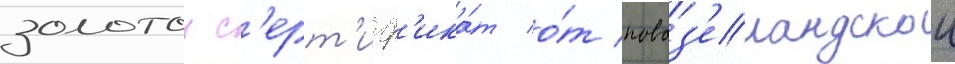
золотои с'ерт'иф'ика́т о́т новоз'еландскои